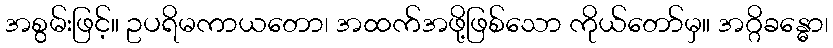
အစွမ်းဖြင့်။ ဥပရိမကာယတော၊ အထက်အဖို့ဖြစ်သော ကိုယ်တော်မှ။ အဂ္ဂိခန္ဓော၊